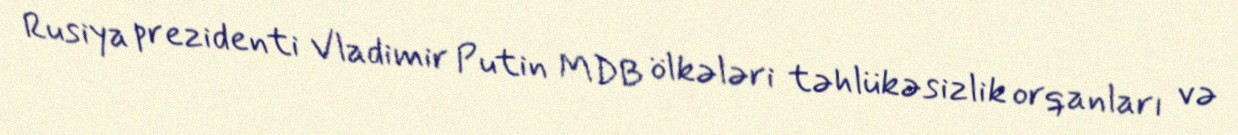
Rusiya prezidenti Vladimir Putin MDB ölkələri təhlükəsizlik orqanları və